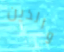
والذين